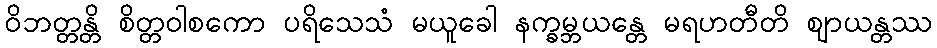
ဝိဘတ္တန္တိ စိတ္တဝါစကော ပရိသေသံ မယူခေါ နက္ခမ္ဘယန္တေ မရဟတီတိ ဈာယန္တဿ